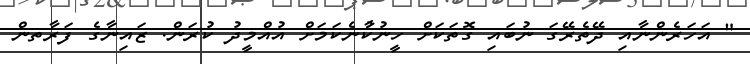
" އަހަރެންނާއި ދޭތެރޭގަ ނުބައި ގޮތަކަށް ހީނުކުާނެކަމަށް އުއްމީދު ކުރަން. ޒައިނާގެ ފަރާތން